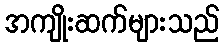
အကျိုးဆက်များသည်